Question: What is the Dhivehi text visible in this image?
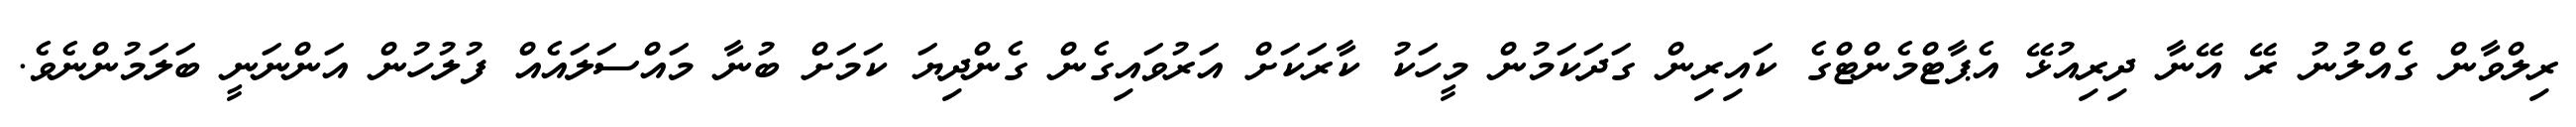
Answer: ރިލްވާން ގެއްލުނު ރޭ އޭނާ ދިރިއުޅޭ އެޕާޓްމެންޓްގެ ކައިރިން ގަދަކަމުން މީހަކު ކާރަކަށް އަރުވައިގެން ގެންދިޔަ ކަމަށް ބުނާ މައްސަލައެއް ފުލުހުން އަންނަނީ ބަލަމުންނެވެ.